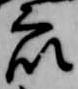
衆